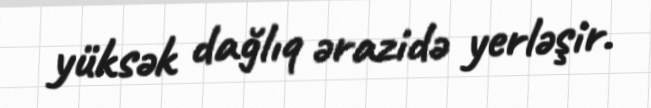
yüksək dağlıq ərazidə yerləşir.